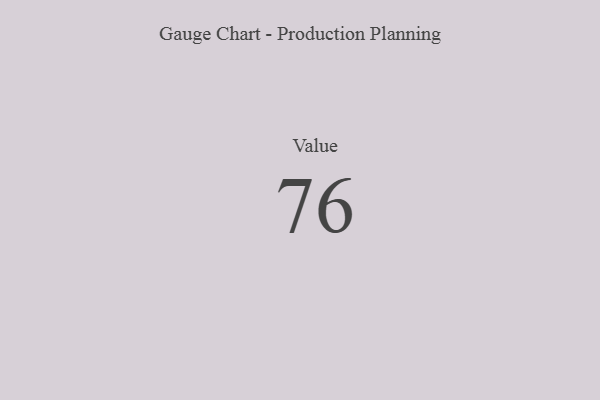
{"axis": {"x": "Metric", "y": "Value"}, "legend": [""], "data": [{"x": "Value", "y": 76, "type": ""}]}